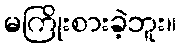
မကြိုးစားခဲ့ဘူး။